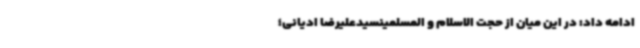
ادامه داد: در این میان از حجت الاسلام و المسلمینسیدعلیرضا ادیانی؛